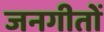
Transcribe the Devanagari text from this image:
जनगीतों